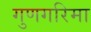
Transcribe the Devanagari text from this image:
गुणगरिमा